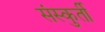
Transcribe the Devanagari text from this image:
संस्कुर्ती